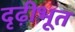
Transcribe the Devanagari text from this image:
दृढ़ीभूत